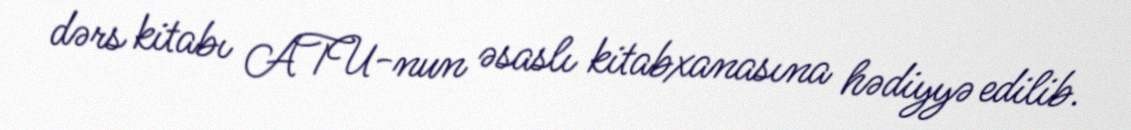
dərs kitabı ATU-nun əsaslı kitabxanasına hədiyyə edilib.